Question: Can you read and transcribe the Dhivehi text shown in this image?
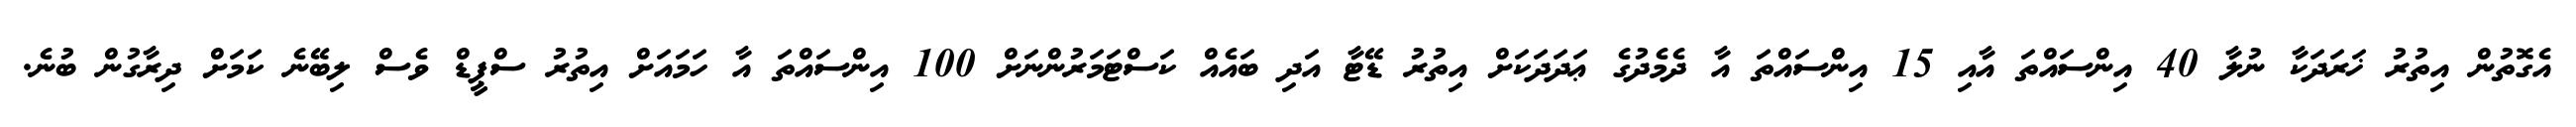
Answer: އެގޮތުން އިތުރު ޚަރަދަކާ ނުލާ 40 އިންސައްތަ އާއި 15 އިންސައްތަ އާ ދެމެދުގެ ޢަދަދަކަށް އިތުރު ޑޭޓާ އަދި ބައެއް ކަސްޓަމަރުންނަށް 100 އިންސައްތަ އާ ހަމައަށް އިތުރު ސްޕީޑް ވެސް ލިބޭނެ ކަމަށް ދިރާގުން ބުނެ.